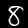
Digit: 8